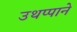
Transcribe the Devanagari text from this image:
उथप्पाने